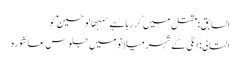
السابق: مقتل میں گِر رہا ہے سمبھالو حسینؑ کو
التالی: اٹلی کے شہر میلانو میں جلوس عاشورہ